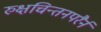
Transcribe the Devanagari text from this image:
रुक्षचिन्तनपरैर्न